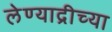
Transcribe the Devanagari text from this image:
लेण्याद्रीच्या